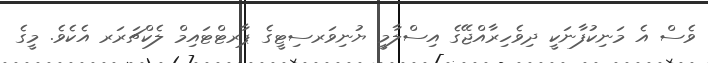
ވެސް އެ މަނިކުފާނަކީ ދިވެހިރާއްޖޭގެ އިސްލާމީ ޔުނިވަރސިޓީގެ ޕާރޓްޓައިމް ލެކްޗަރަރ އެކެވެ. މީގެ